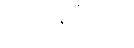
အဘိနိပ္ပီဠေမိ